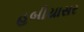
હબીયાસર